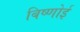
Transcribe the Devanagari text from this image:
बिष्णोई